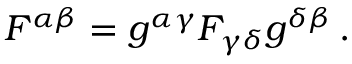
F ^ { \alpha \beta } = g ^ { \alpha \gamma } F _ { \gamma \delta } g ^ { \delta \beta } \, .